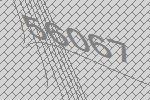
56067